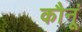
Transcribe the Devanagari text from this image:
कौनूं